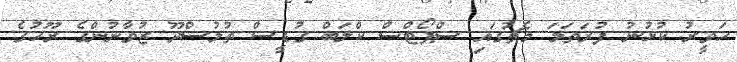
ހަވީރު ކުޅުނު ފުރަތަމަ މެޗުގައި ސްޕޯޓްސް ކްލަބް ގުޑީސް ތުލުސްދޫ ޒުވާނުންގެ ރޫހުގެ